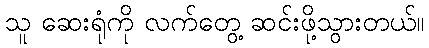
သူ ဆေးရုံကို လက်တွေ့ ဆင်းဖို့သွားတယ်။